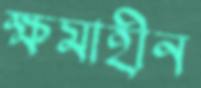
ক্ষমাহীন